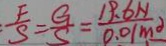
\frac { F } { S } = \frac { G } { S } = \frac { 1 9 . 6 N } { 0 . 0 1 m ^ { 2 } }